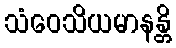
သံဝေသိယမာနန္တိ